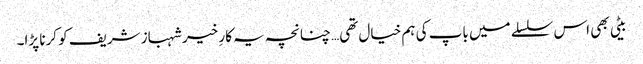
بیٹی بھی اس سلسلے میں باپ کی ہم خیال تھی… چنانچہ یہ کارِ خیر شہباز شریف کو کرنا پڑا۔